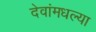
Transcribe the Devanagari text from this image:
देवांमधल्या